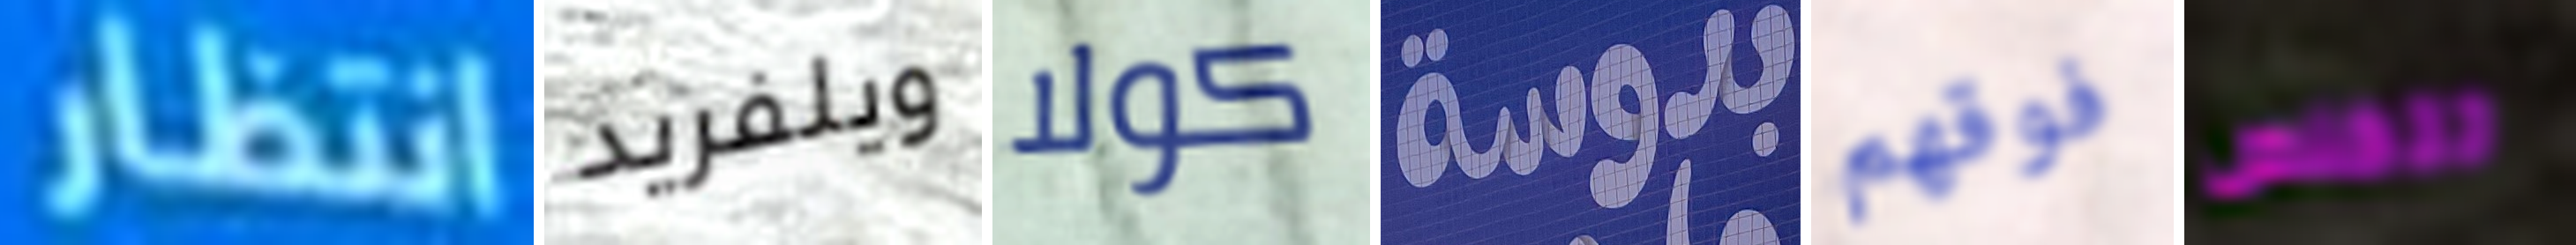
انتظار ويلفريد كولا بدوسة فوقهم تتخلص